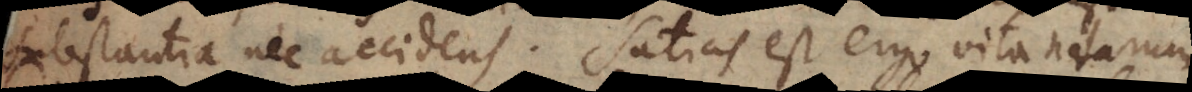
substantia nec accidens. Satius est ergo vitandarum